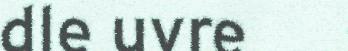
dle uvre